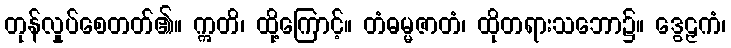
တုန်လှုပ်စေတတ်၏။ ဣတိ၊ ထို့ကြောင့်။ တံဓမ္မဇာတံ၊ ထိုတရားသဘော၌။ ဒွေဠှကံ၊